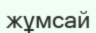
жұмсай